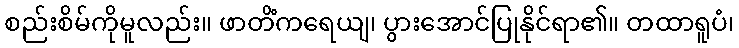
စည်းစိမ်ကိုမူလည်း။ ဖာတိံကရေယျ၊ ပွားအောင်ပြုနိုင်ရာ၏။ တထာရူပံ၊